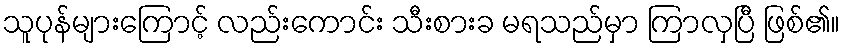
သူပုန်များကြောင့် လည်းကောင်း သီးစားခ မရသည်မှာ ကြာလှပြီ ဖြစ်၏။